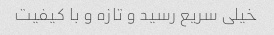
خیلی سریع رسید و تازه و با کیفیت